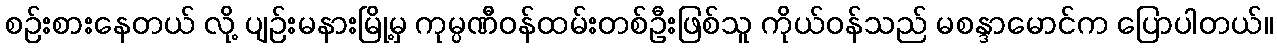
စဉ်းစားနေတယ် လို့ ပျဉ်းမနားမြို့မှ ကုမ္ပဏီဝန်ထမ်းတစ်ဦးဖြစ်သူ ကိုယ်ဝန်သည် မစန္ဒာမောင်က ပြောပါတယ်။